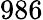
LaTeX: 986